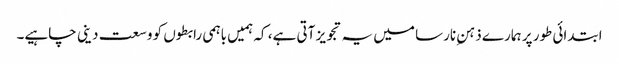
ابتدائی طور پر ہمارے ذہنِ نارسا میں یہ تجویز آتی ہے، کہ ہمیں باہمی رابطوں کو وسعت دینی چاہیے۔